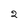
Character: 2